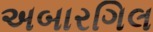
અબારગિલ